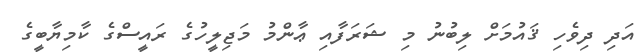
އަދި ދިވެހި ޤައުމަށް ލިބުނު މި ޝަރަފާއި ޢާންމު މަޖިލީހުގެ ރައީސްގެ ކާމިޔާބީގެ